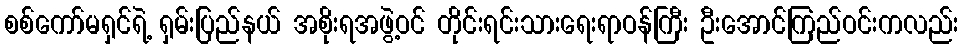
စစ်ကော်မရှင်ရဲ့ ရှမ်းပြည်နယ် အစိုးရအဖွဲ့ဝင် တိုင်းရင်းသားရေးရာဝန်ကြီး ဦးအောင်ကြည်ဝင်းကလည်း